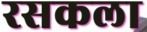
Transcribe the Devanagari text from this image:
रसकला